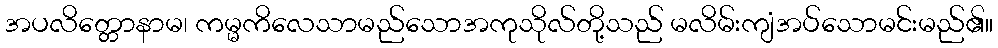
အပလိတ္တောနာမ၊ ကမ္မကိလေသာမည်သောအကုသိုလ်တို့သည် မလိမ်းကျံအပ်သောမင်းမည်၏။